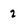
Character: 2